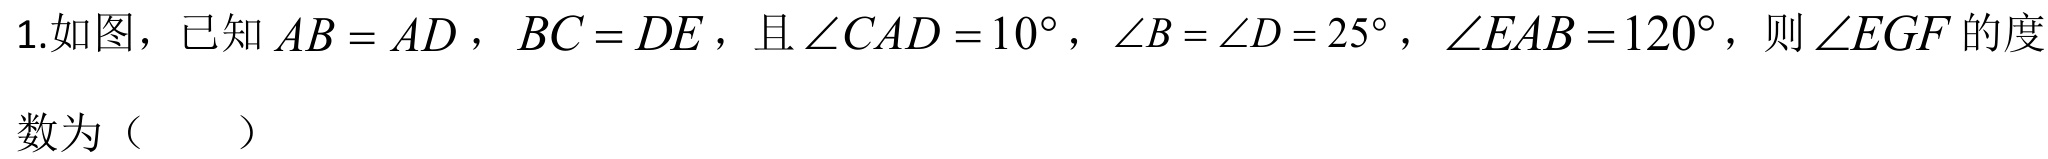
1.如图，已知\(AB = AD\)，\(BC = DE\)，且\(\angle CAD = 10^{\circ}\)，\(\angle B = \angle D = 25^{\circ}\)，\(\angle EAB = 120^{\circ}\)，则\(\angle EGF\)的度
数为（  ）